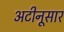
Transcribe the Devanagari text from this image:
अटीनूसार